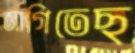
জাগিতেছ